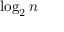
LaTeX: \log _ { 2 } n